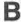
B